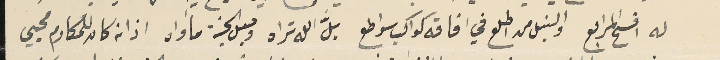
له افسح المرابع والنبل من اطلع في افاقه كواكب سواطع بلَّ الله تراه وجعل الجنة مأواه اذ انه كان للمكارم محيي